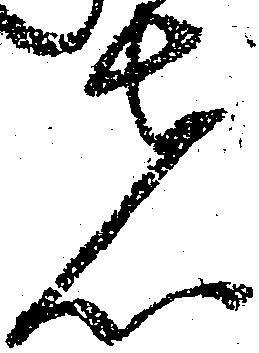
者